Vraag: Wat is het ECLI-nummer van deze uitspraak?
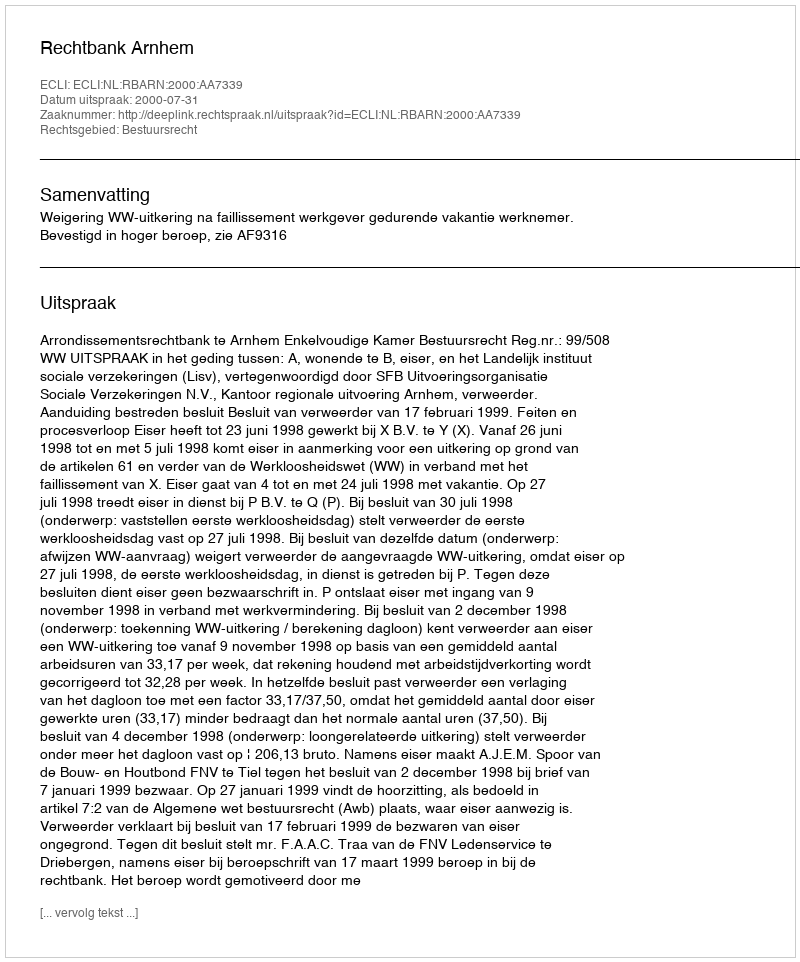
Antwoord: ECLI:NL:RBARN:2000:AA7339